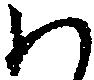
わ